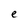
Character: e